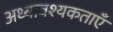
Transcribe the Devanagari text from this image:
अध्यावश्यकताएँ